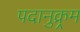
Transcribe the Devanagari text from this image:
पदानुक्र्रम